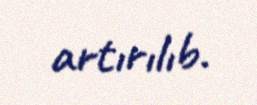
artırılıb.